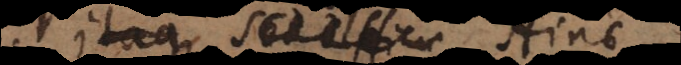
Itaque Sed difficu Hinc